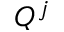
Q ^ { j }